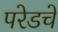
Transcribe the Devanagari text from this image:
परेडचे